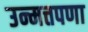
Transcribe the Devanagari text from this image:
उन्मत्तपणा